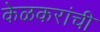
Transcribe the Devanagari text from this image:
केळकरांची